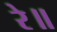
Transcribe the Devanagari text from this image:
रे॥